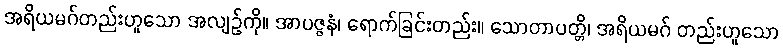
အရိယမဂ်တည်းဟူသော အလျဉ်ကို။ အာပဇ္ဇနံ၊ ရောက်ခြင်းတည်း။ သောတာပတ္တိ၊ အရိယမဂ် တည်းဟူသော